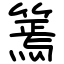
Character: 篶